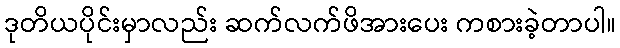
ဒုတိယပိုင်းမှာလည်း ဆက်လက်ဖိအားပေး ကစားခဲ့တာပါ။